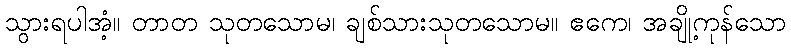
သွားရပါအံ့။ တာတ သုတသောမ၊ ချစ်သားသုတသောမ။ ဧကေ၊ အချို့ကုန်သော